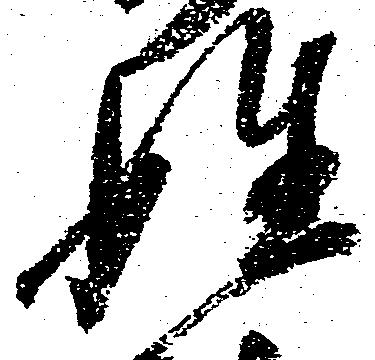
姓